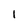
Character: 1